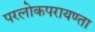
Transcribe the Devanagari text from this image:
परलोकपरायण्ता